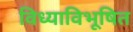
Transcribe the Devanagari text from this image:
विध्याविभूषित